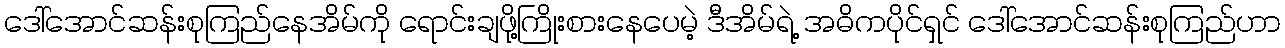
ဒေါ်အောင်ဆန်းစုကြည်နေအိမ်ကို ရောင်းချဖို့ကြိုးစားနေပေမဲ့ ဒီအိမ်ရဲ့ အဓိကပိုင်ရှင် ဒေါ်အောင်ဆန်းစုကြည်ဟာ